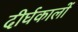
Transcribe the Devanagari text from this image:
दीर्घकालों